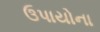
ઉપાયોના